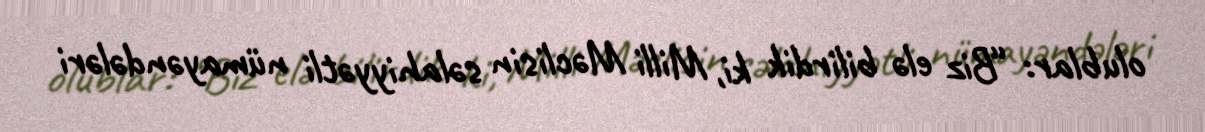
olublar: “Biz elə bilirdik ki, Milli Məclisin səlahiyyətli nümayəndələri